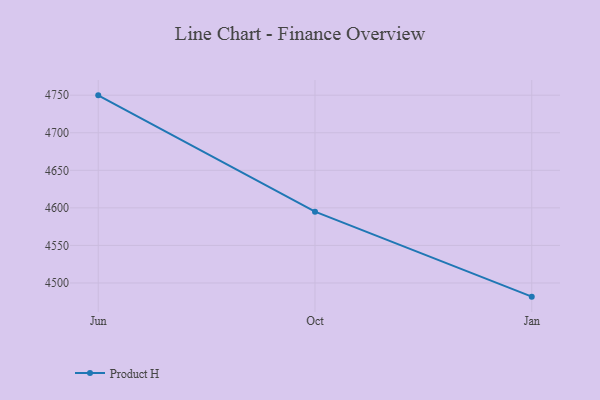
{"axis": {"x": "Month", "y": "Backlog"}, "legend": ["Product H"], "data": [{"x": "Jun", "y": 4749.8, "type": "Product H"}, {"x": "Oct", "y": 4594.9, "type": "Product H"}, {"x": "Jan", "y": 4481.8, "type": "Product H"}]}